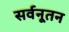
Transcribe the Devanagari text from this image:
सर्वनूतन